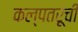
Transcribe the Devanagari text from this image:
कल्पतरूंची